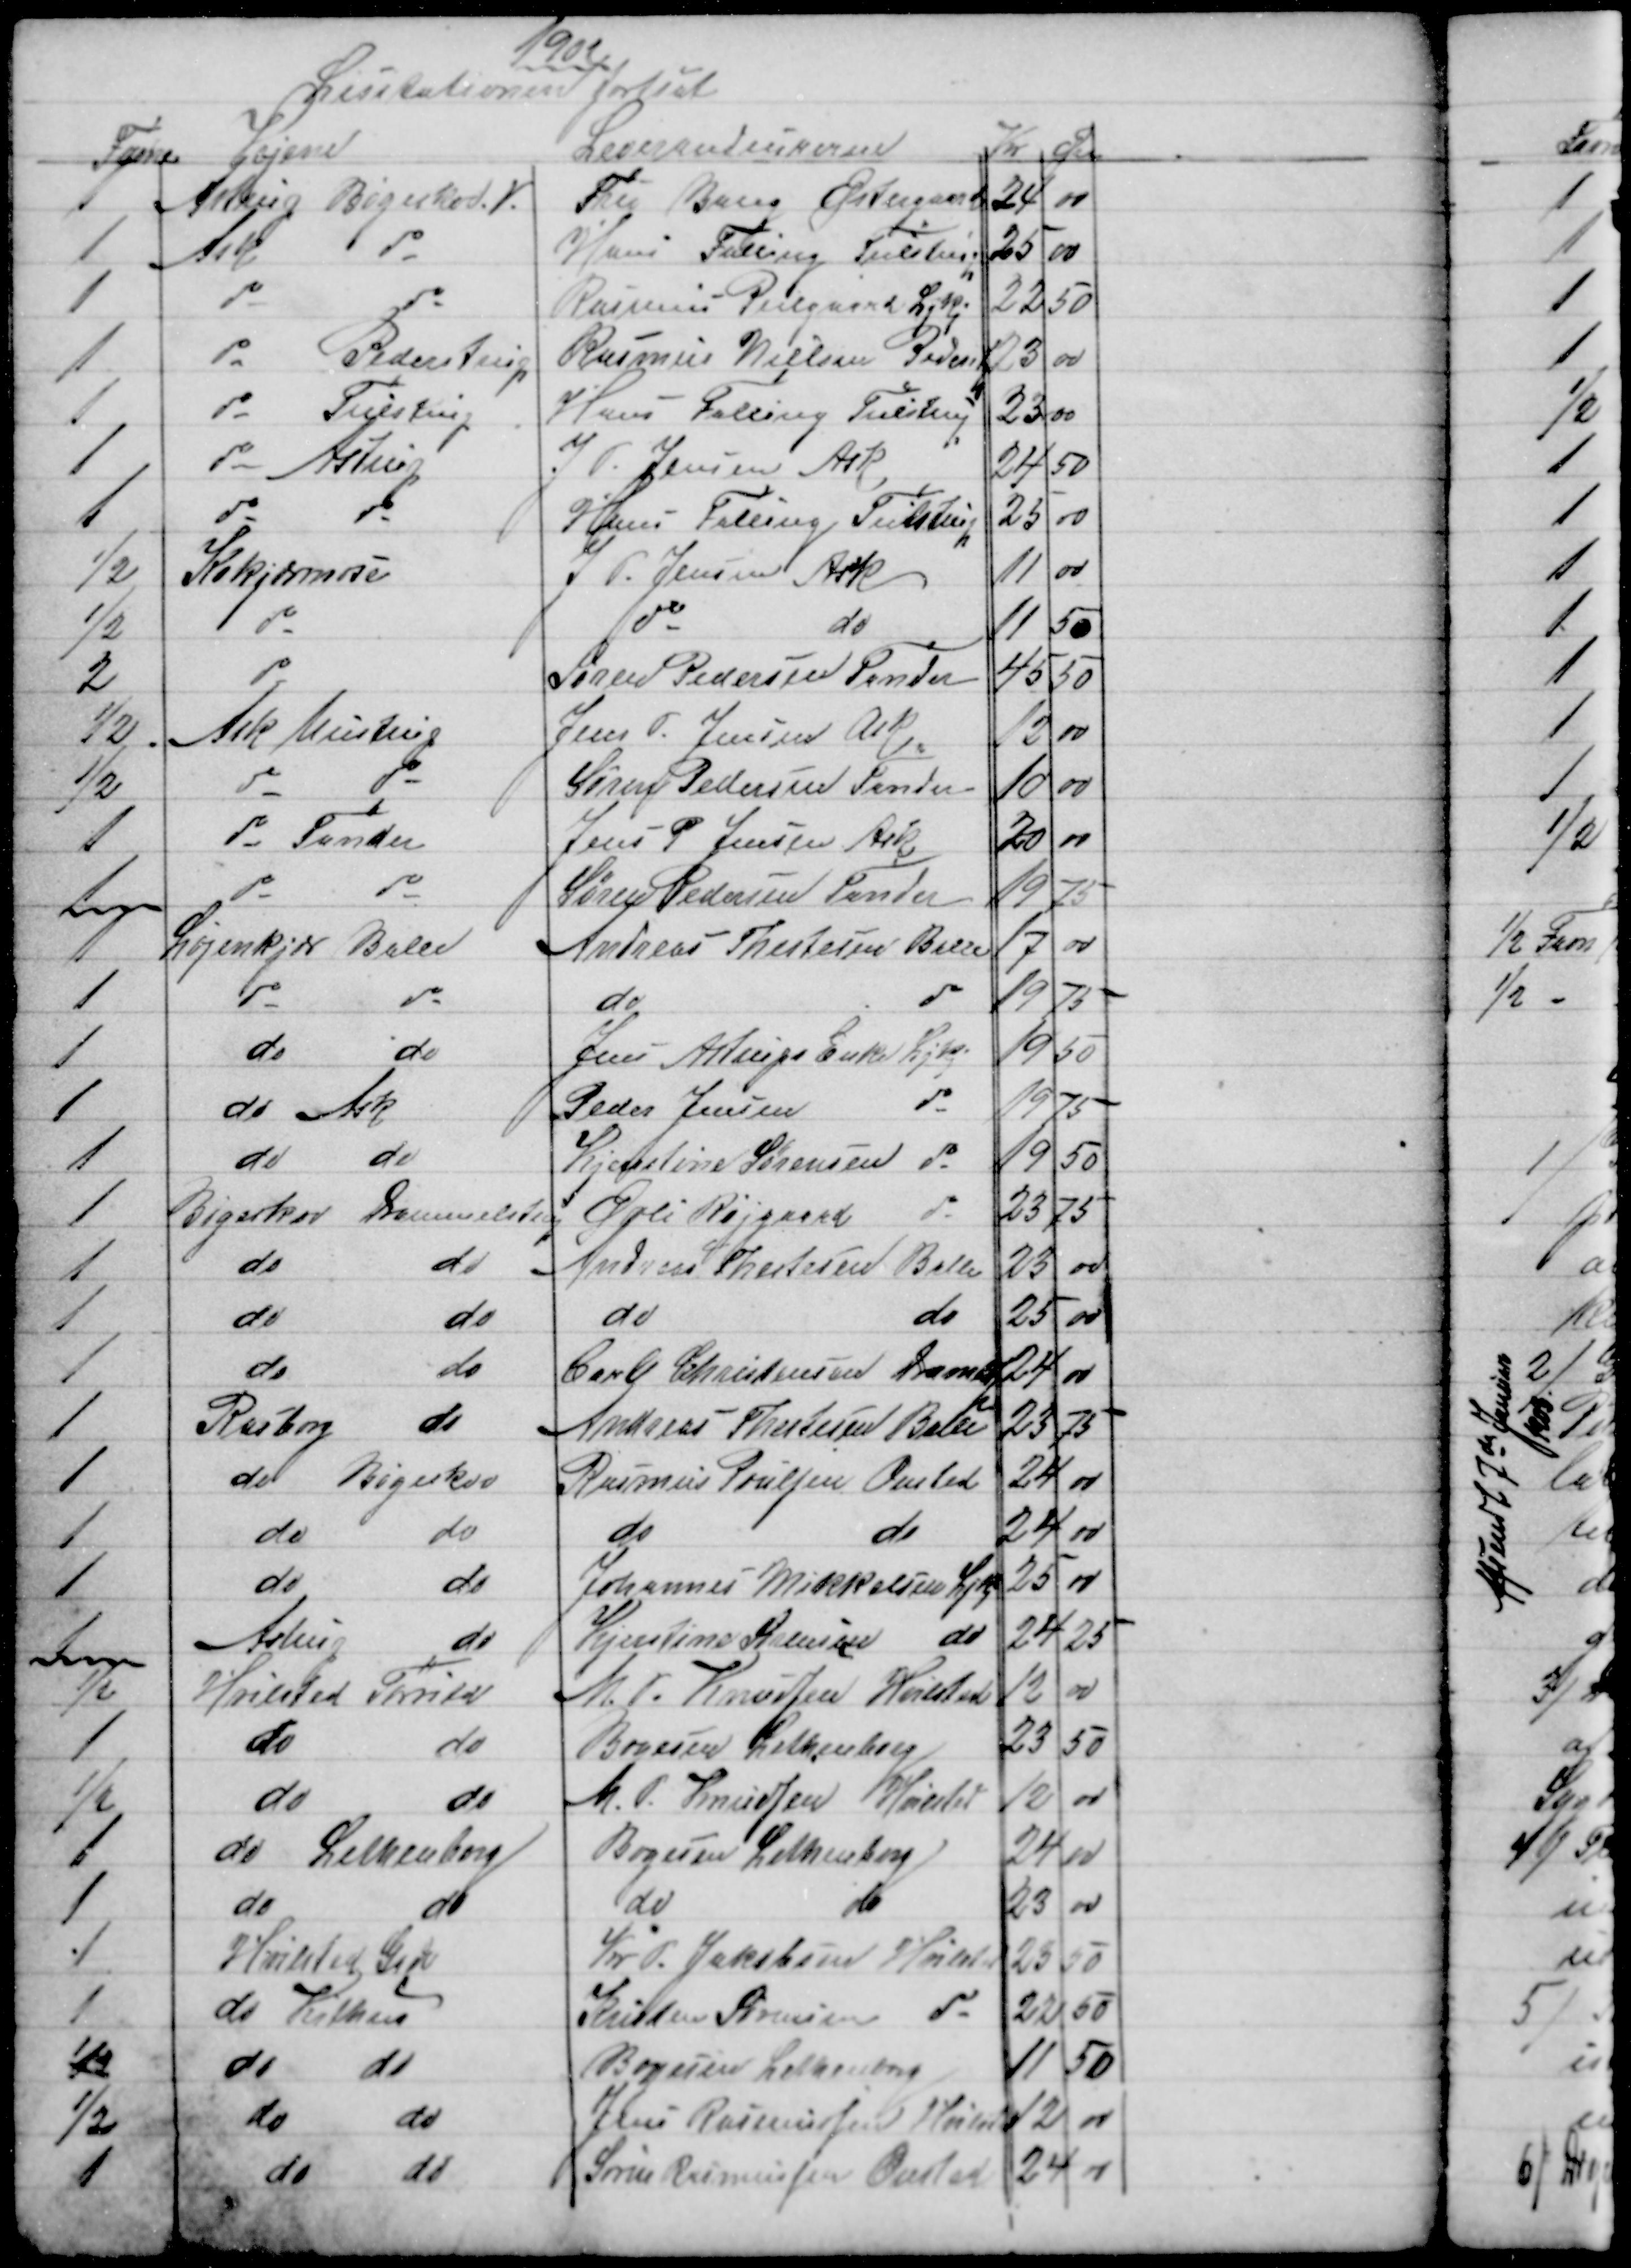
Transskription:
1902
Lisitationen fortsat
Favne
Vejene
Leverandeurerne  
Kr Øre
1
Astrup Bøgeskov. V.
Fru Bang Østergaard      
24
00
1
Ask
do
Hans Falling Tulstrup      
25
00
1
do
do
Rasmus Piilgaard Ljkj
22
50
1
do
Pederstrup
Rasmus Nielsen Pederstp
23
00
1
do
Tulstrup
Hans Falling Tulstrup
23 00
1
do Astrup
J P. Jensen Ask
24
50
1
do
do
Hans Falling Tulstrup
25
00
½
Kokjærmose 
J P. Jensen Ask
11
00
½
do
do
do
11
50
2
do
Søren Pedersen Tander
45
50
½
Ask Mustrup
Jens P. Jensen Ask
12
00
½
do
do
Søren Pedersen Tander
10
00
1
do Tander
Jens P Jensen Ask 
20
00
1
do
do
Søren Pedersen Tander
19
75
1
Løjenkjær Balle
Andreas Thestesen Balle
17
00
1
do
do
do
do
19
75
1
do
do
Jens Astrups Enke Ljkj 
19
50
1
do Ask
Peder Jensen 
do
19
75
1
do
do
Kjerstine Sørensen  do
19
50
1
Bøgeskov Drammelstrup
Øvli Røjgaard 
do
23
75
1
do
do
Andreas Thestesen Balle
20
00
1
do
do
do
do
25
00
1
do
do
Carl Christensen Dramlsp
24
00
1
Rasborg
do
Andreas Thestesen Balle
23
75
1
do Bøgeskov 
Rasmus Poulsen Onsted
24
00
1
do
do
do
do
24
00
1
do
do
Johannes Mikkelsen Ljkj
25
00
1
Astrup
do
Kjerstine Sørensen  do 
24
25
½
Hvilsted Torrild
M. P. Knudsen Hvilsted
12
00
1
do
do
Boyesen Lethenborg
23
50
½
do
do
M. P. Knudsen Hvilsted
12
00
1
do Lethenborg
Boyesen Lethenborg
24
00
1
do
do
do
do
23
00
1
Hvilsted Gade
Kr P. Jakobsen Hvilsted 
23
50
1
do Kithus
Kristen Sørensen do
22
50
½
do
do
Boyesen  Lethenborg
11
50
½
do
do
Jens Rasmussen Hvilst   
12
00
1
do
do
Søren Rasmussen Onsted 
24 00